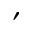
'